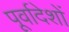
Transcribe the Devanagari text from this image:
पूर्वादेशों